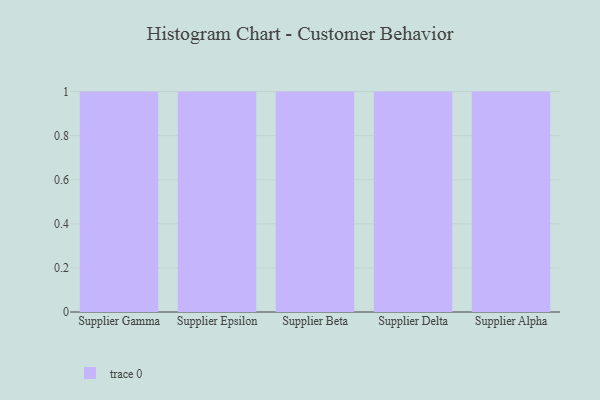
{"axis": {"x": "Supplier", "y": "Active Users"}, "legend": [""], "data": [{"x": "Supplier Gamma", "y": 56, "type": ""}, {"x": "Supplier Epsilon", "y": 8, "type": ""}, {"x": "Supplier Beta", "y": 25, "type": ""}, {"x": "Supplier Delta", "y": 23, "type": ""}, {"x": "Supplier Alpha", "y": 12, "type": ""}]}